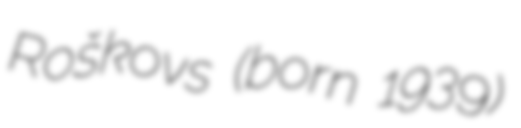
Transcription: Roškovs (born 1939)